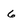
Character: 6